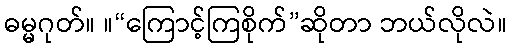
ဓမ္မဂုတ်။ ။“ကြောင့်ကြစိုက်”ဆိုတာ ဘယ်လိုလဲ။